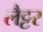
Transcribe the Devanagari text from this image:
लैट्टर